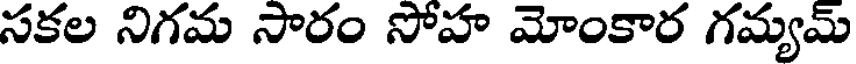
సకల నిగమ సారం సోహ మోంకార గమ్యమ్